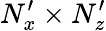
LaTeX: N_{x}^{\prime}\times N_{z}^{\prime}